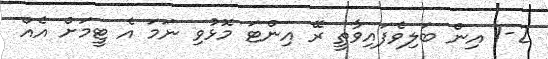
1-2 އިން ބަލިވެފައިވާތީ ރޭ އިންޓަ މޮޅުވި ނަމަ އެ ޓީމަށް އެއް